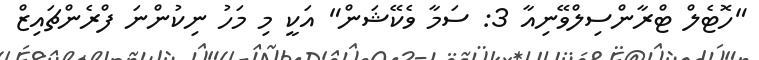
"ހޮޓެލް ޓްރާންސިލްވޭނިއާ 3: ސަމާ ވެކޭޝަން" އަކީ މި މަހު ނިކުންނަ ފްރެންޗައިޒް